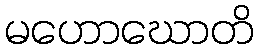
မဟောဃောတိ